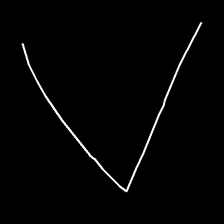
Glyph: region